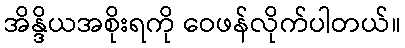
အိန္ဒိယအစိုးရကို ဝေဖန်လိုက်ပါတယ်။